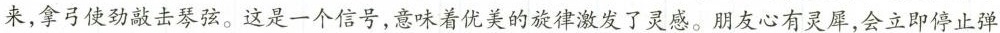
来，拿弓使劲敲击琴弦。这是一个信号，意味着优美的旋律激发了灵感。朋友心有灵犀，会立即停止弹